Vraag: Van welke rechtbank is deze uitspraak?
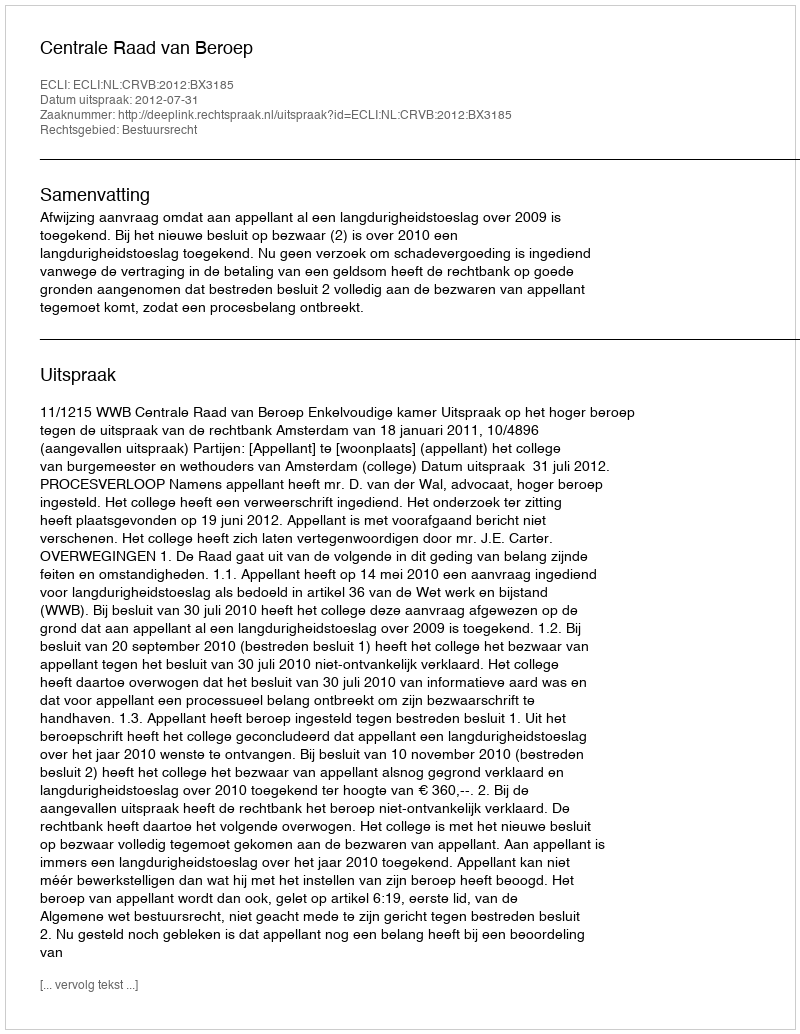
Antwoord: Centrale Raad van Beroep